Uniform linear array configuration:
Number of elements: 8
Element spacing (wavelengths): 0.25
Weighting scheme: binomial
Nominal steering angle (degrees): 60
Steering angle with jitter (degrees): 60.784
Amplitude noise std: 0.05
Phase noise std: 0.05

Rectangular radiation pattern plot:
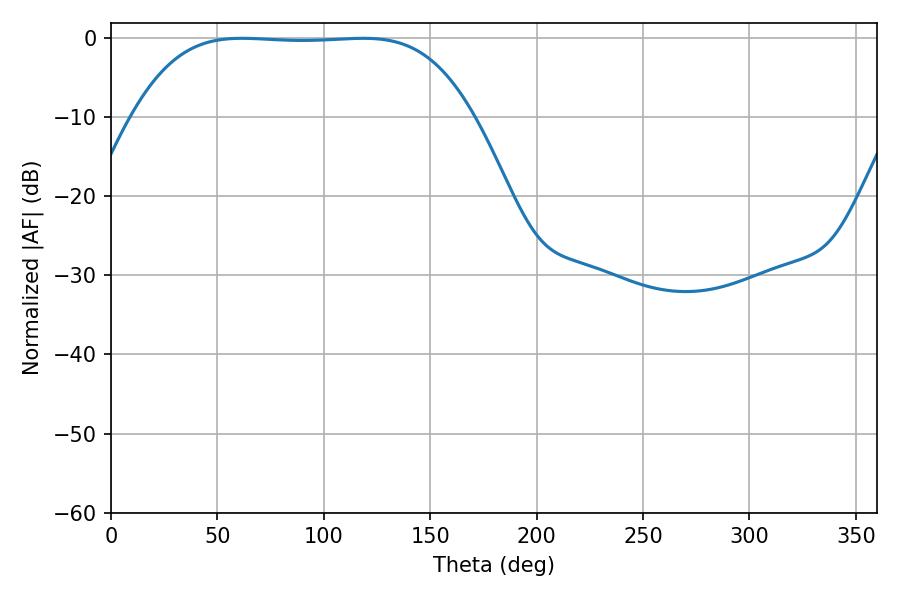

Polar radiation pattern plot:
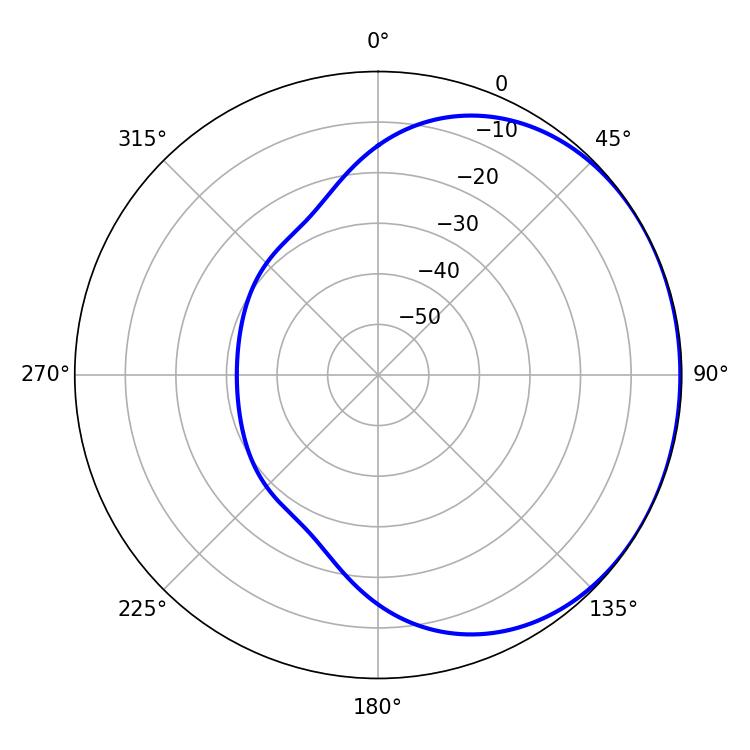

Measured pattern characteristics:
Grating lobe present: FALSE
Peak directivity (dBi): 0.7582
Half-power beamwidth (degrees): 122.76
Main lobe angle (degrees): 61.56